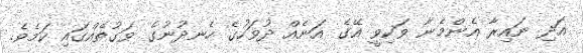
އަދި ނައިރާ އެންމެނާ ވަކިވީ އޭގެ އަނެއް ދުވަހުގެ ހެނދުނުގެ ވަގުތެއްގައި ކަމެވެ.